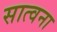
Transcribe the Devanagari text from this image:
सात्वना